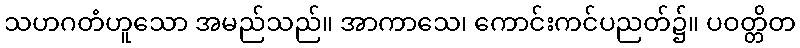
သဟဂတံဟူသော အမည်သည်။ အာကာသေ၊ ကောင်းကင်ပညတ်၌။ ပဝတ္တိတ